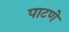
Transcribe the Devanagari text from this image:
पाटणे